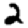
Digit: 2